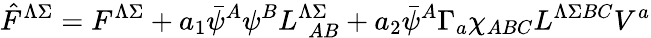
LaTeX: \hat{F}^{\Lambda\Sigma}=F^{\Lambda\Sigma}+a_{1}\bar{\psi}^{A}\psi^{B}L_{\ \ AB}^{\Lambda\Sigma}+a_{2}\bar{\psi}^{A}\Gamma_{a}\chi_{ABC}L^{\Lambda\Sigma BC}V^{a}